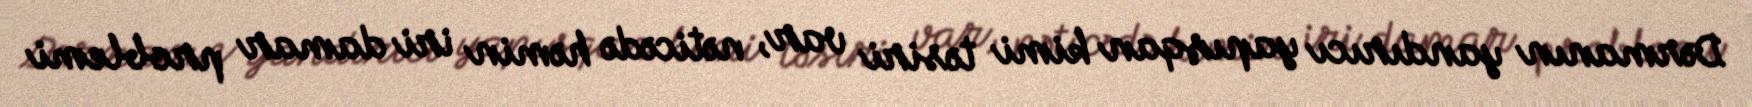
Dərmanın yandırıcı yapışqan kimi təsiri var, nəticədə həmin iri damar problemi